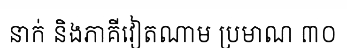
នាក់ និងភាគីវៀតណាម ប្រមាណ ៣០